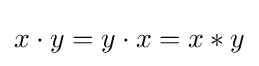
x\cdot y=y\cdot x=x*y